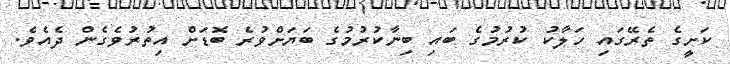
ކަށީގެ ތެރޭގައި ހަލާކު ކުރުމުގެ ބައި ބިނާކުރުމުގެ ބަޔަށްވުރެ ބޮޑަށް އިތުރުވެގެން ދެއެވެ.